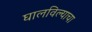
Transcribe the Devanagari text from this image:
घालविल्याचा